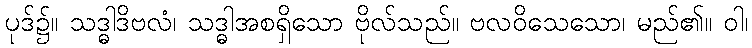
ပုဒ်၌။ သဒ္ဓါဒိဗလံ၊ သဒ္ဓါအစရှိသော ဗိုလ်သည်။ ဗလဝိသေသော၊ မည်၏။ ဝါ၊